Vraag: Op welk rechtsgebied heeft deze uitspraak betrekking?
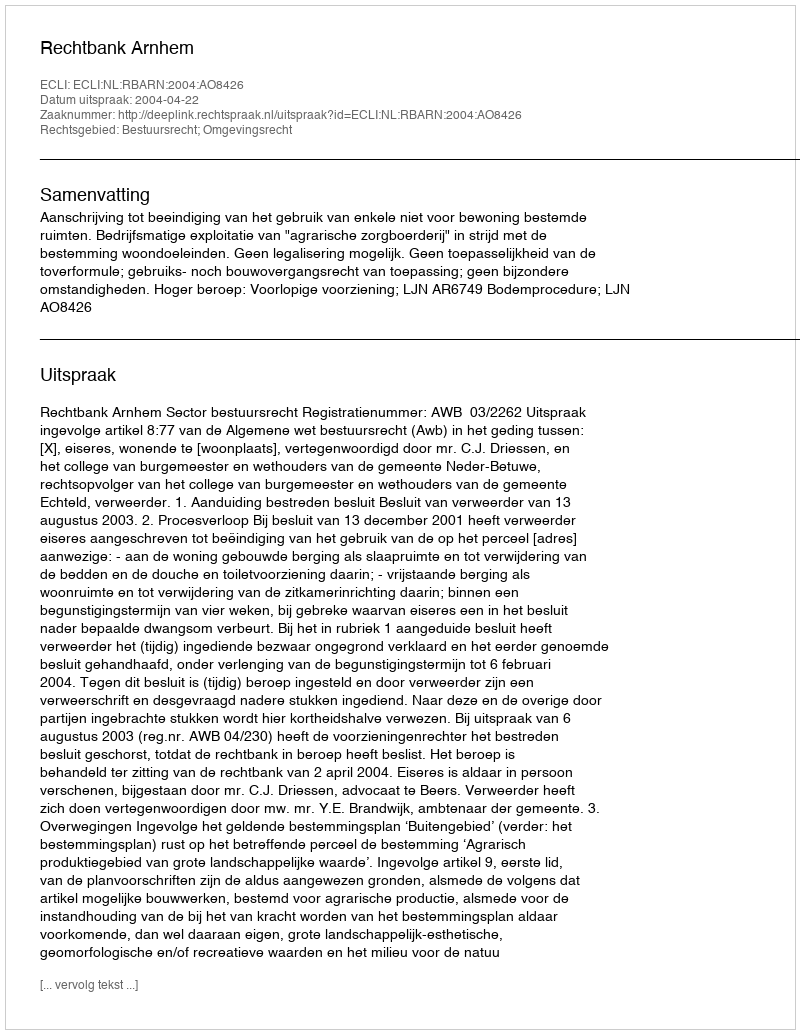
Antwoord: Bestuursrecht; Omgevingsrecht